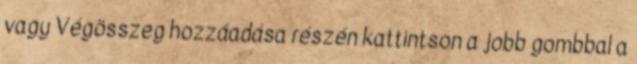
vagy Végösszeg hozzáadása részén kattintson a jobb gombbal a